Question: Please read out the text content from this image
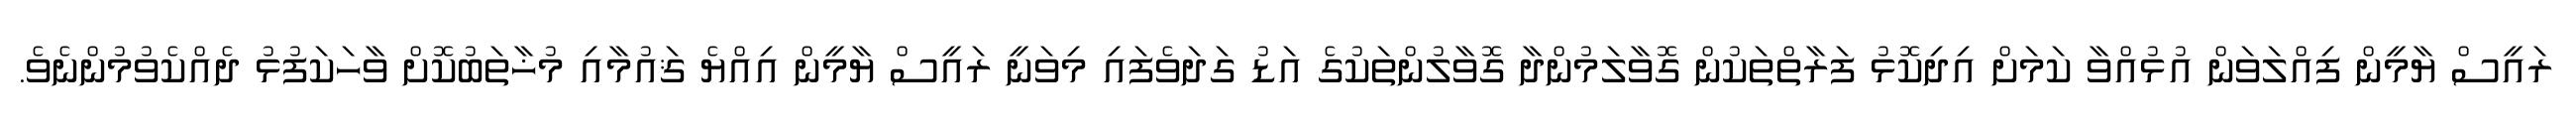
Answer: ރައީސް ޔާމީން ފިއްލަވަން އުޅުއްވާ ކަމަށް އިދިކޮޅު ފަރާތްތަކުން ގޮވާލަމުންދާ ގޮވާލުންތަކުގެ އަޑު ގަދަވެފައި މިވަނީ ރައީސް ޔާމީން އިއްޔެ ޤައުމާއި މުޚާތަބުކޮށް ވާހަކަފުޅު ދެއްކެވުމުންނެވެ.